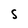
Character: s